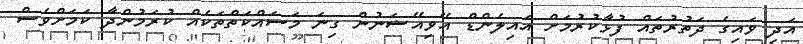
އަދި ވައިގެ ދަތުރުތައް ފުޅާކުރުމަށް އައިލެންޑް އޭވިއޭޝަނުން ގިނަ މަސައްކަތްތަކެއް ކުރަމުންދާ ކަމަށްވެސް